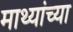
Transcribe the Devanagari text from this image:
माथ्यांच्या